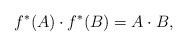
LaTeX: \begin{align*}f^*(A)\cdot f^*(B)=A\cdot B,\end{align*}